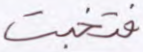
فتخبت